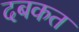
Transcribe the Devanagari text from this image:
दबकत